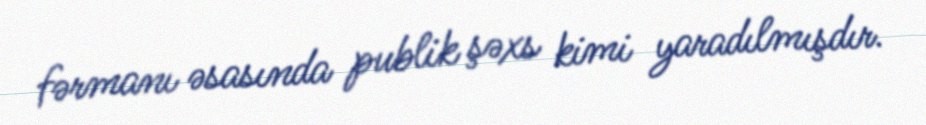
fərmanı əsasında publik şəxs kimi yaradılmışdır.